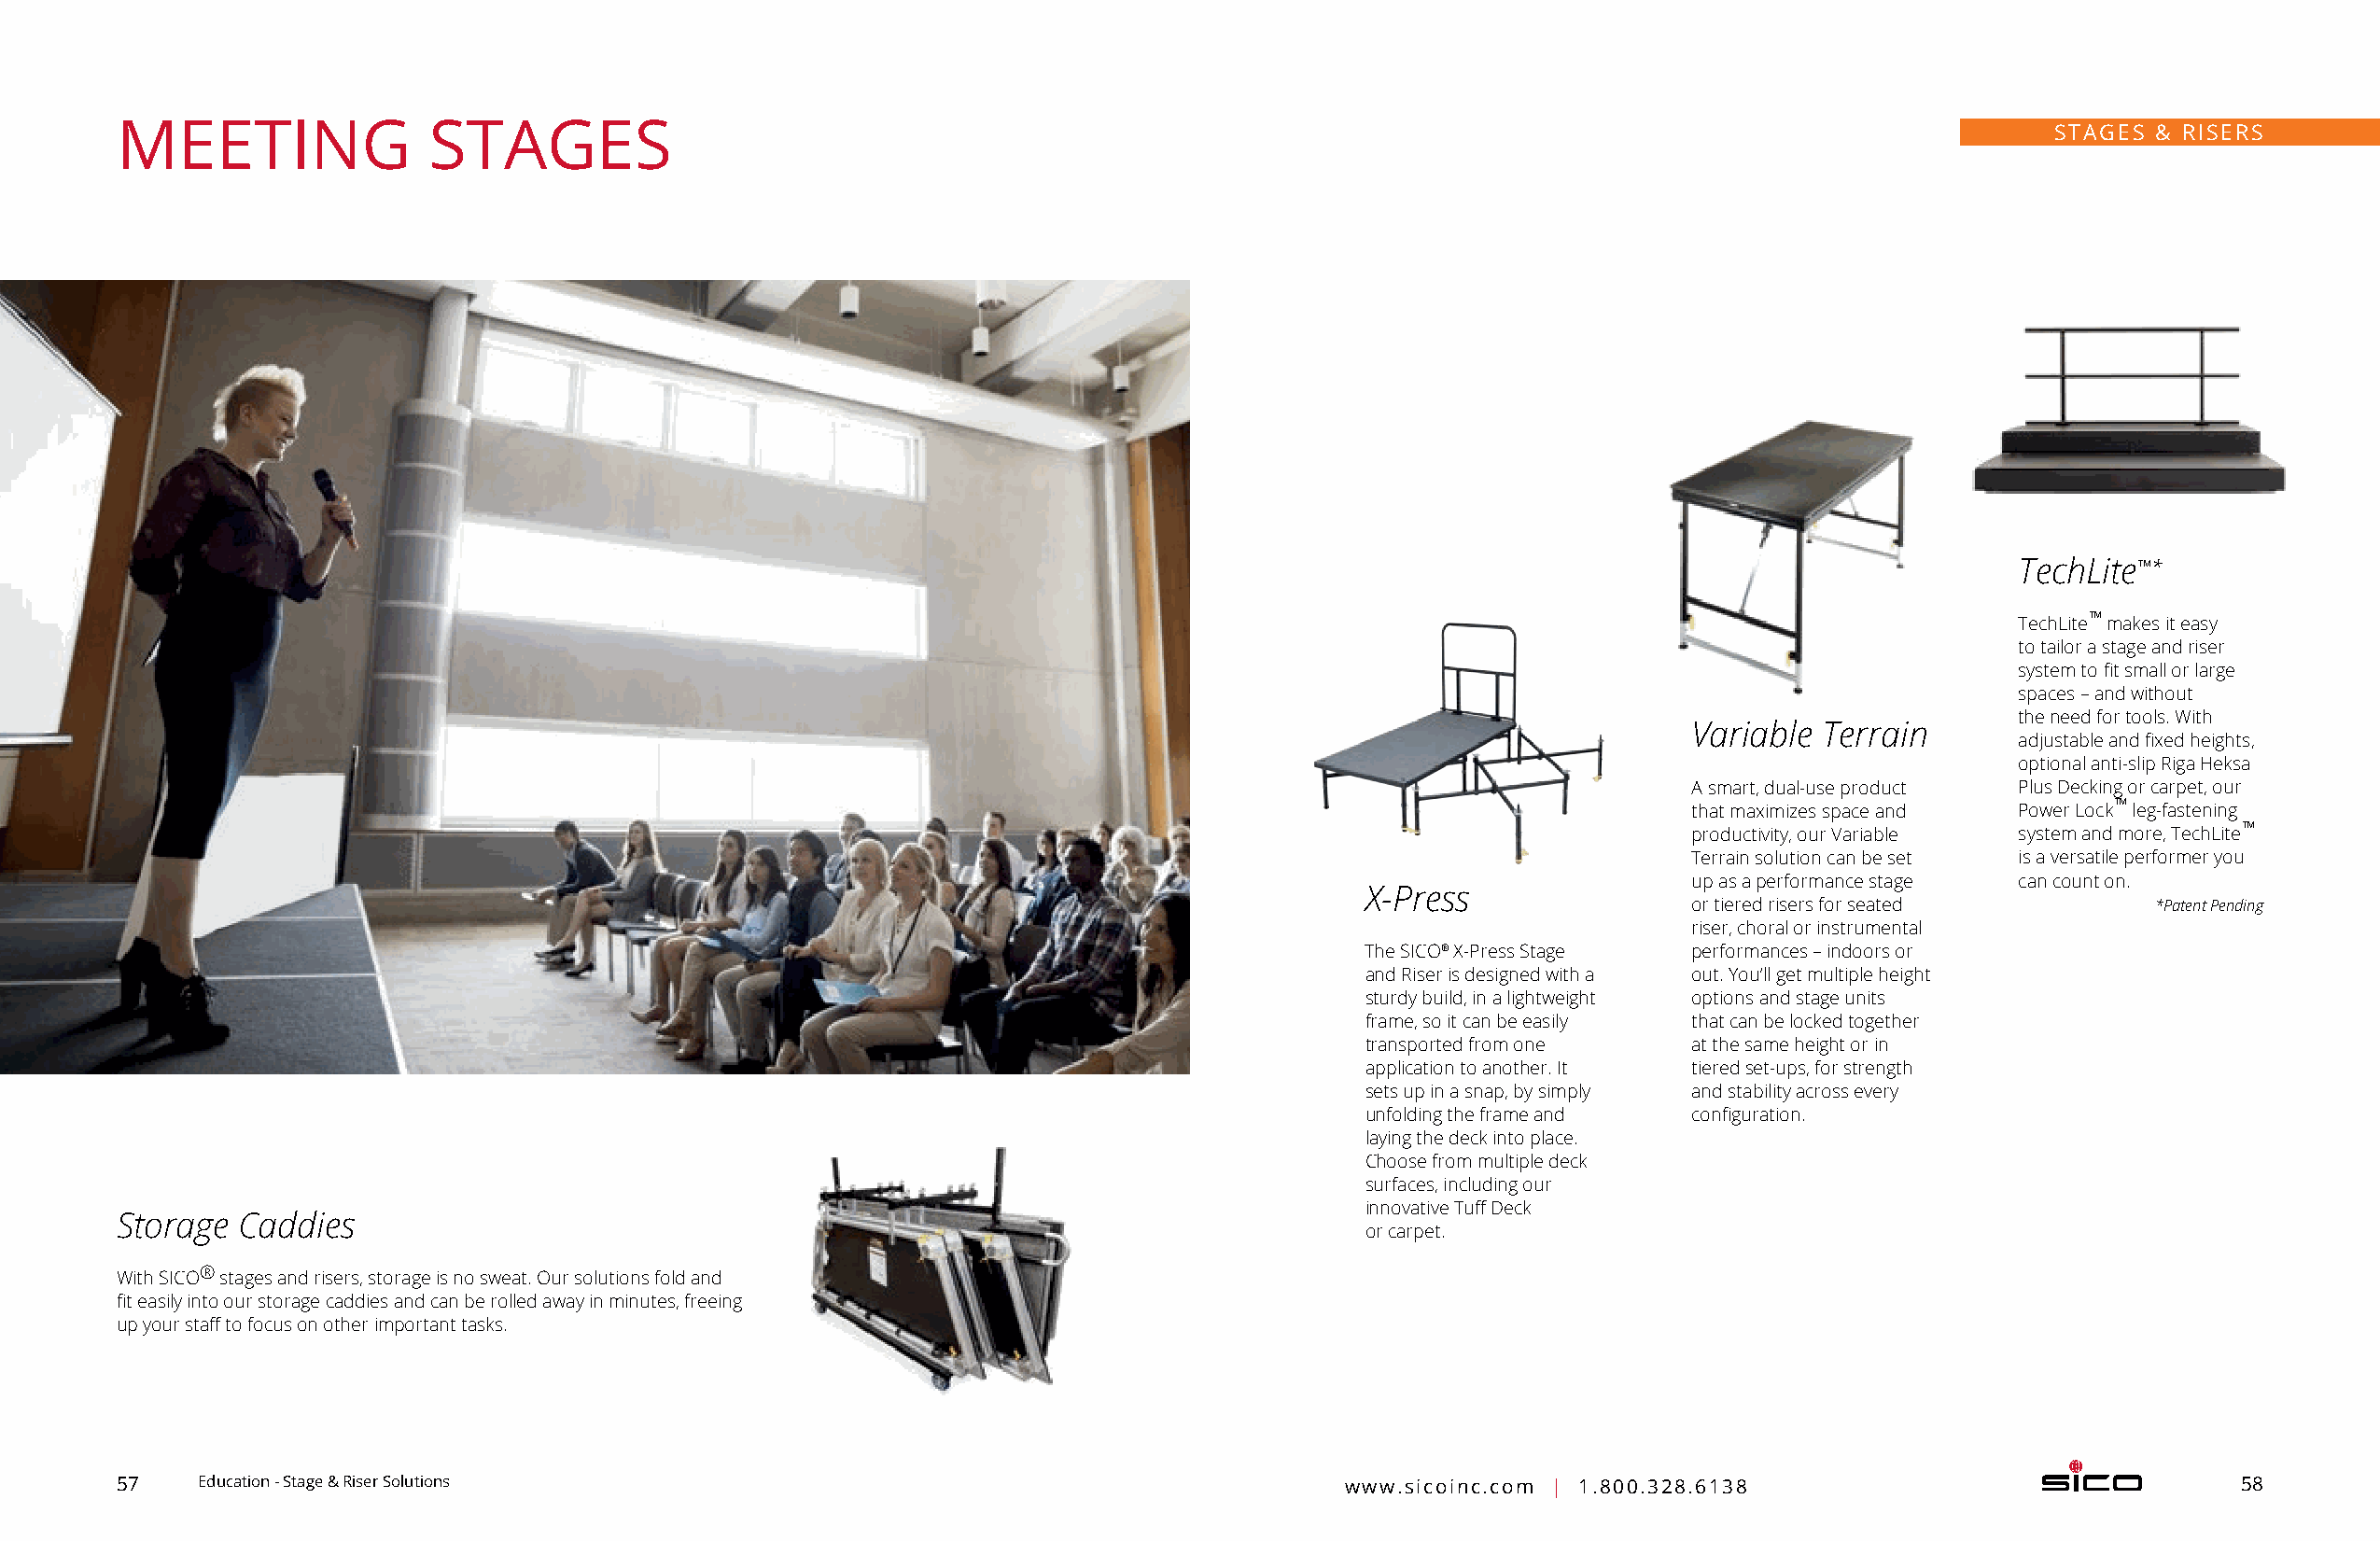
MEETING               STAGES                                                                                                              STAGES & RISERS
 TechLite™*
 ™
 TechLite makes it easy
 to tailor a stage and r iser
 system to fit small or large
 spaces – and without
 the need for tools. With
 Variable Terrain
 adjustable and fixed heights,
 optional anti-slip Riga Heksa
 A smart, dual-use product Plus Decking or carpet, our
 ™
 that maximizes space and Power Lock leg-fastening
 ™
 productivity, our Variable system and more, TechLite
 Terrain solution can be set is a v ersatile performer you
 up as a performance stage can count on.
 X-Press
 or tiered risers for seated      *Patent Pending
 riser, choral or instrumental
 The SICO® X-Press Stage performances – indoors or
 and Riser is designed with a out. You’ll get multiple height
 sturdy build, in a l ightweight options and stage units
 frame, so it can be e asily that can be locked t ogether
 transported from one   at the same height or in
 application to a nother. It tiered set-ups, for strength
 sets up in a snap, by simply and stability across every
 unfolding the frame and configuration.
 laying the deck into place.
 Choose from m ultiple deck
 surfaces, including our
 innovative Tuff Deck
 Storage  Caddies
 or carpet.
 ®
 With SICO stages and risers, storage is no sweat. Our solutions fold and
 fit easily into our storage caddies and can be rolled away in minutes, freeing
 up your staff to focus on other important tasks.
 57    Education - Stage & Riser Solutions                                              www.sicoinc.com | 1.800.328.6138                                58